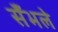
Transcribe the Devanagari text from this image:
सँभले